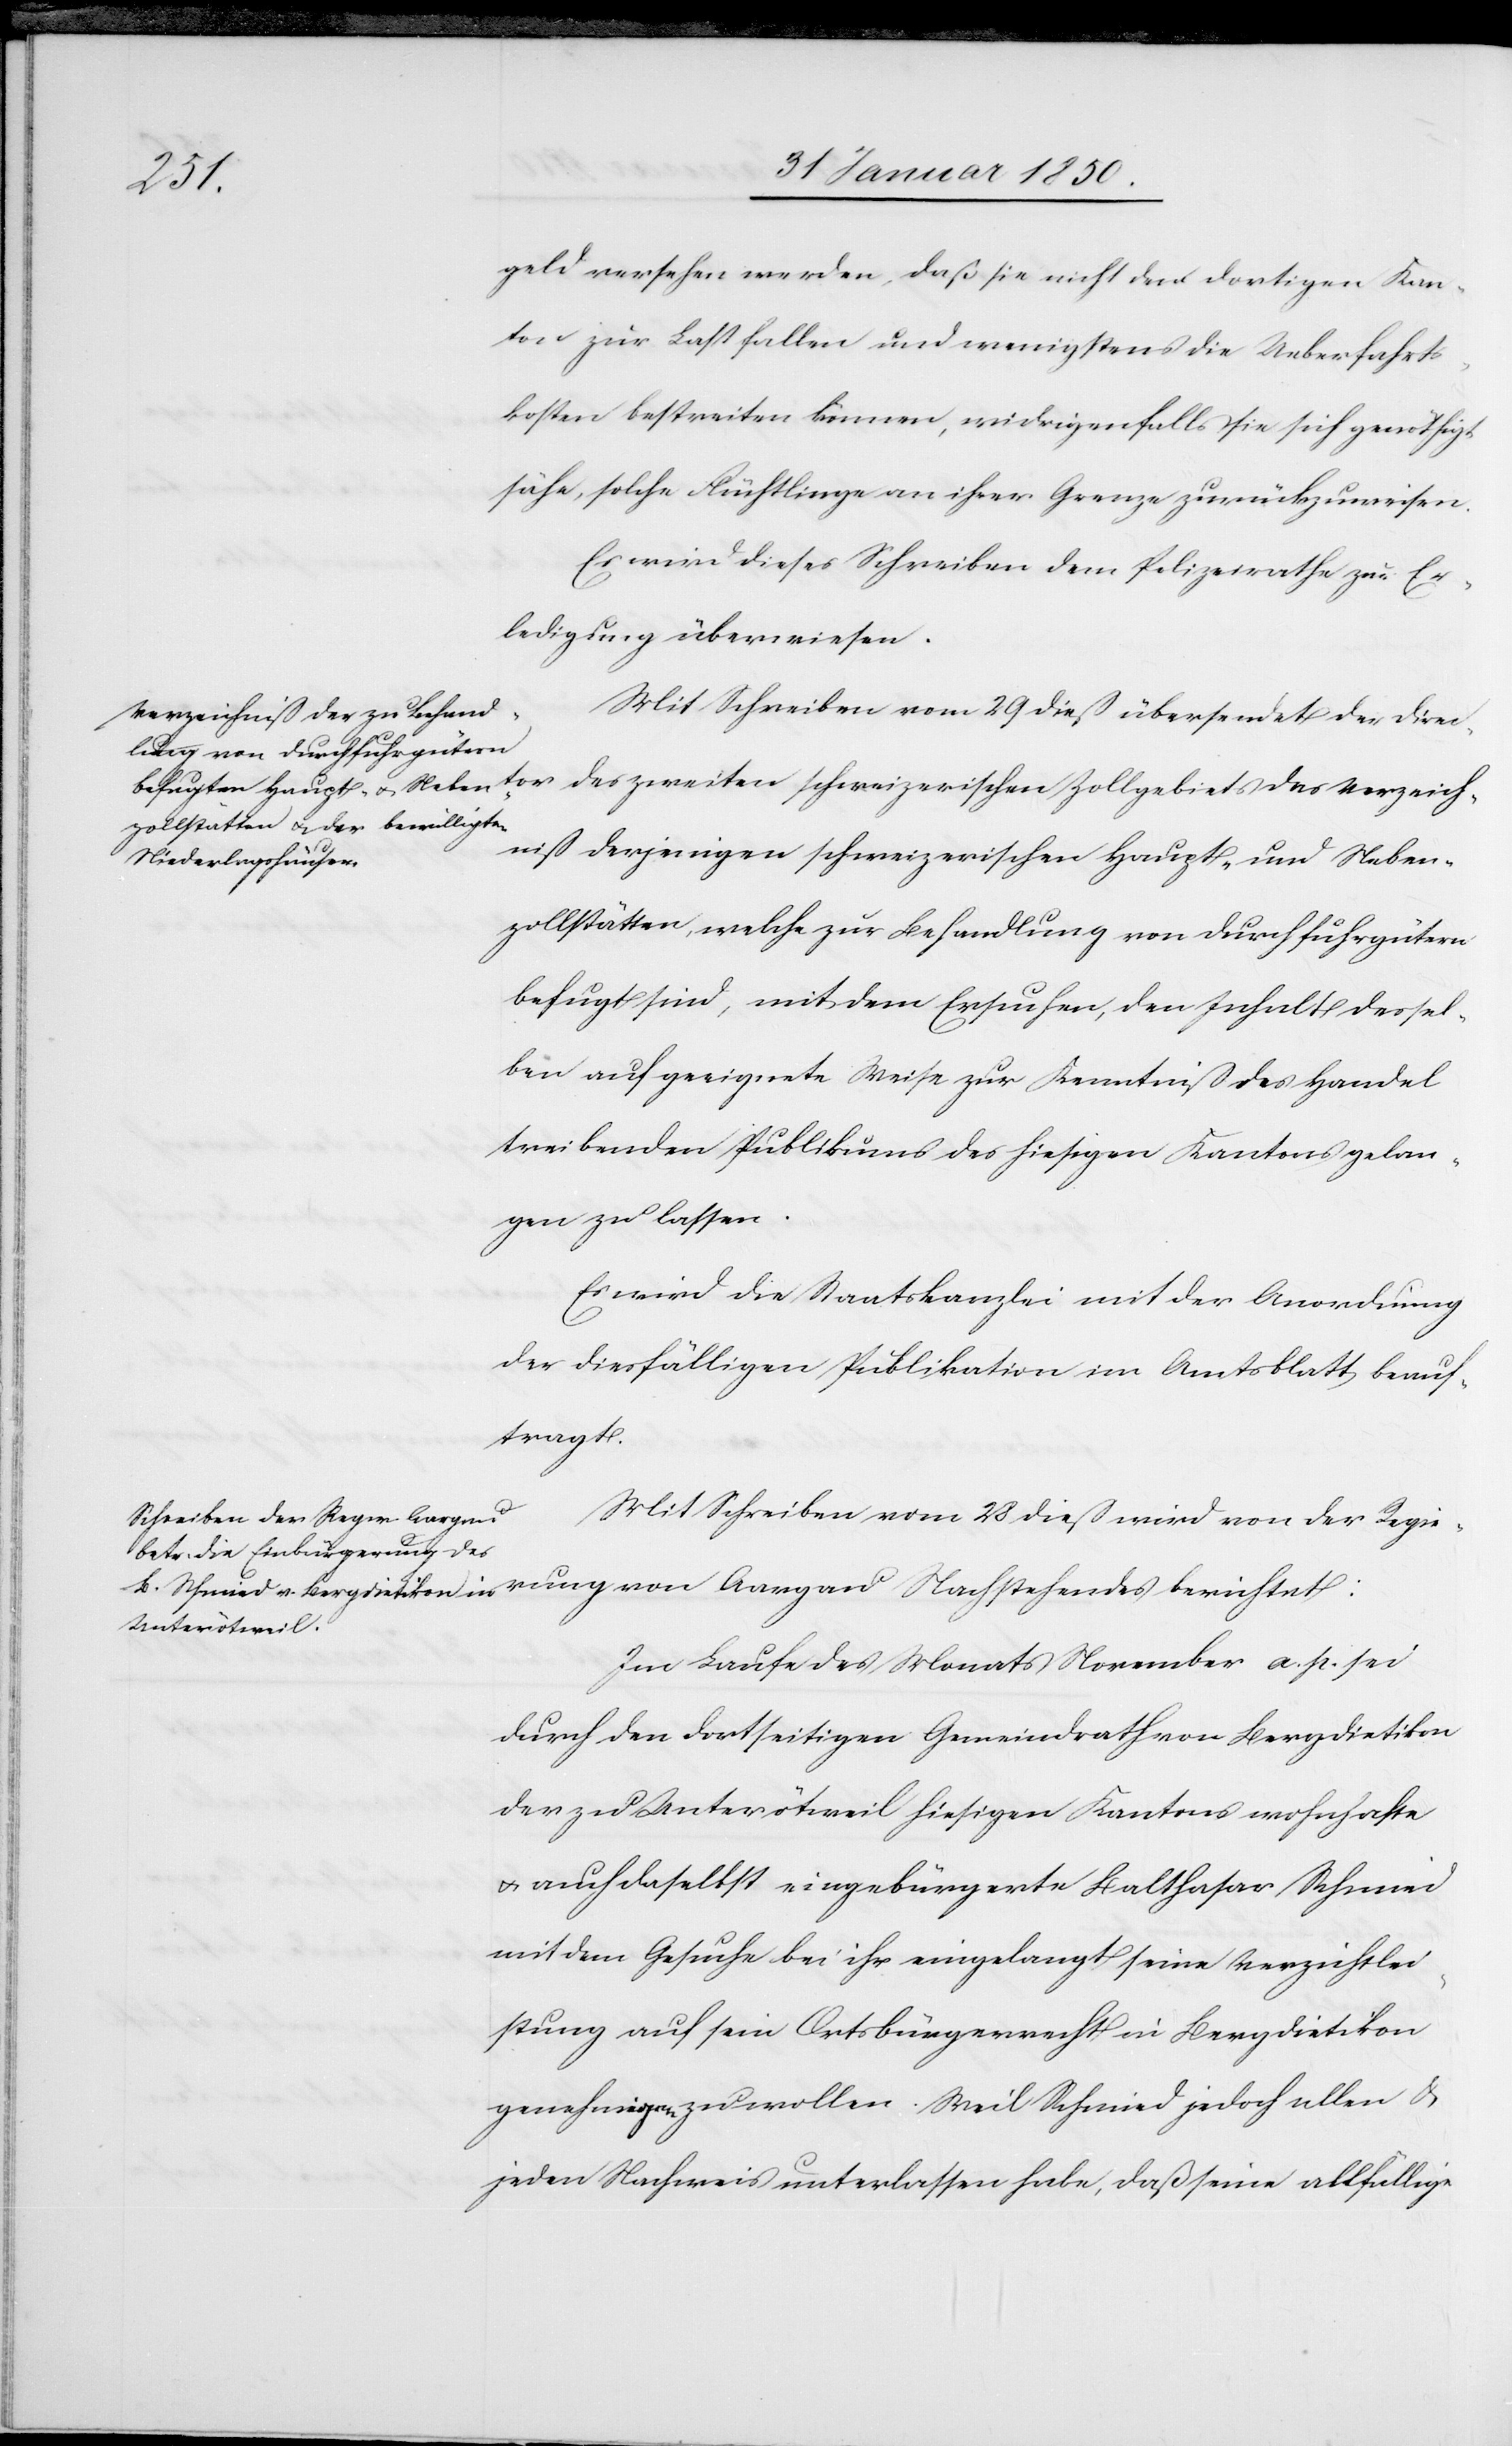
rung
geld versehen werden, daß sie nicht dem dortigen Kan¬
ton zur Last fallen und wenigstens die Ueberfahrts¬
kosten bestreiten können, widrigenfalls sie sich genöthigt
sähe, solche Flüchtlinge an ihrer Grenze zurückzuweisen.
Es wird dieses Schreiben dem Polizeirathe zur Er¬
ledigung überwiesen.
Mit Schreiben vom 29 dieß übersendet der Direc¬
tor des zweiten schweizerischen Zollgebiets das Verzeich¬
niß derjenigen schweizerischen Haupt- und Neben¬
zollstätten, welche zur Behandlung von Durchfuhrgütern
befugt sind, mit dem Ersuchen, den Inhalt dessel¬
ben auf geeignete Weise zur Kenntniß des Handel
treibenden Publikums des hiesigen Kantons gelan¬
gen zu lassen.
Es wird die Staatskanzlei mit der Anordnung
der diesfälligen Publikation im Amtsblatt beauf¬
tragt.
Mit Schreiben vom 28 dieß wird von der Regie¬
Im Laufe des Monats November a. p. sei
durch den dortseitigen Gemeindrath von Bergdietikon
der zu Unterötweil hiesigen Kantons wohnhafte
u. auch daselbst eingebürgerte Balthasar Schmied
mit dem Gesuche bei ihr eingelangt seine Verzichtlei¬
stung auf sein Ortsbürgerrecht in Bergdietikon
genehmigen zu wollen. Weil Schmied jedoch allen u.
jeden Nachweis unterlassen habe, daß seine allfällige